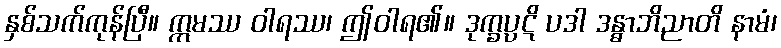
နှစ်သက်ကုန်ပြီ။ ဣမဿ ဝါရဿ၊ ဤဝါရ၏။ ဒုက္ခပ္ပဋိ ပဒါ ဒန္ဓာဘိညာတိ နာမံ၊